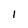
Character: l